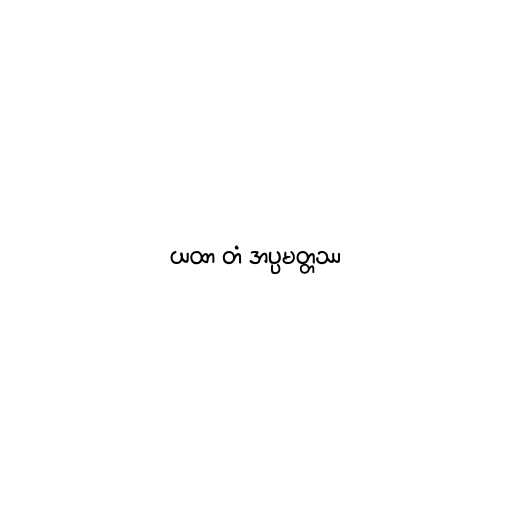
ယထာ တံ အပ္ပမတ္တဿ